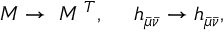
{ \cal M } \to { \bf \Omega } { \cal M } { \bf \Omega } ^ { T } , \ \ \ \ h _ { \bar { \mu } \bar { \nu } } \to h _ { \bar { \mu } \bar { \nu } } ,